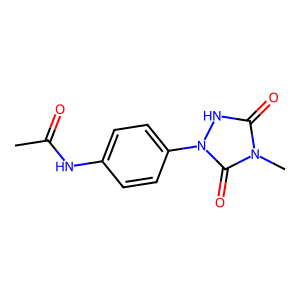
SMILES: CC(=O)Nc1ccc(-n2[nH]c(=O)n(C)c2=O)cc1
Inhibits HIV replication: No